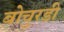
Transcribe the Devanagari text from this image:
बोचुरडी